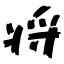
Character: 将